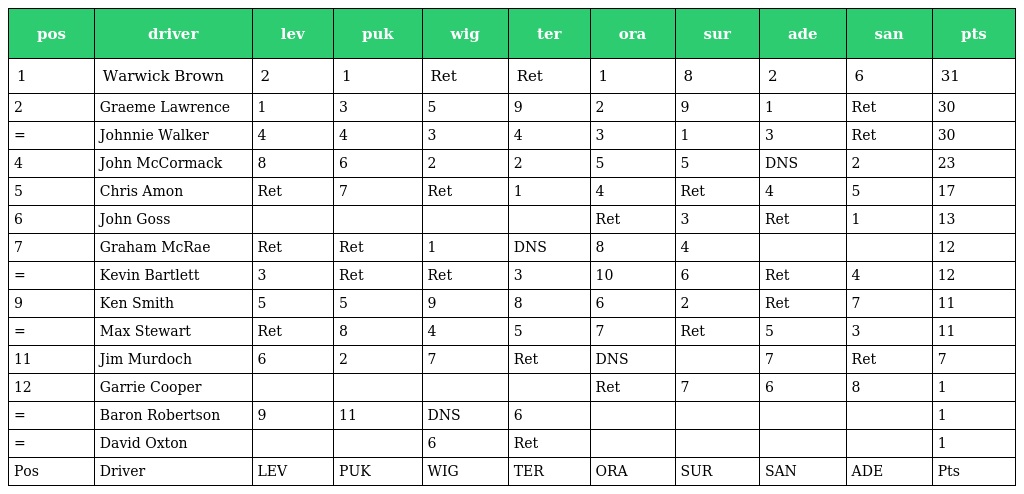
| pos | driver | lev | puk | wig | ter | ora | sur | ade | san | pts |
 | --- | --- | --- | --- | --- | --- | --- | --- | --- | --- | --- |
 | 1 | Warwick Brown | 2 | 1 | Ret | Ret | 1 | 8 | 2 | 6 | 31 |
 | 2 | Graeme Lawrence | 1 | 3 | 5 | 9 | 2 | 9 | 1 | Ret | 30 |
 | = | Johnnie Walker | 4 | 4 | 3 | 4 | 3 | 1 | 3 | Ret | 30 |
 | 4 | John McCormack | 8 | 6 | 2 | 2 | 5 | 5 | DNS | 2 | 23 |
 | 5 | Chris Amon | Ret | 7 | Ret | 1 | 4 | Ret | 4 | 5 | 17 |
 | 6 | John Goss |  |  |  |  | Ret | 3 | Ret | 1 | 13 |
 | 7 | Graham McRae | Ret | Ret | 1 | DNS | 8 | 4 |  |  | 12 |
 | = | Kevin Bartlett | 3 | Ret | Ret | 3 | 10 | 6 | Ret | 4 | 12 |
 | 9 | Ken Smith | 5 | 5 | 9 | 8 | 6 | 2 | Ret | 7 | 11 |
 | = | Max Stewart | Ret | 8 | 4 | 5 | 7 | Ret | 5 | 3 | 11 |
 | 11 | Jim Murdoch | 6 | 2 | 7 | Ret | DNS |  | 7 | Ret | 7 |
 | 12 | Garrie Cooper |  |  |  |  | Ret | 7 | 6 | 8 | 1 |
 | = | Baron Robertson | 9 | 11 | DNS | 6 |  |  |  |  | 1 |
 | = | David Oxton |  |  | 6 | Ret |  |  |  |  | 1 |
 | Pos | Driver | LEV | PUK | WIG | TER | ORA | SUR | SAN | ADE | Pts |